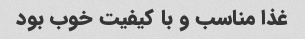
غذا مناسب و با کیفیت خوب بود